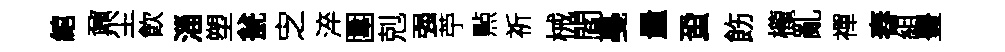
綰鼐尘飮淄塑瓮㝎淬圍剋强苧㸃祈械閻戞量蛩飭櫳亂禪舂組豊